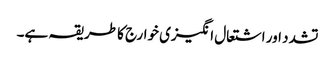
تشدد اور اشتعال انگیزی خوارج کا طریقہ ہے۔